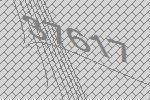
37617